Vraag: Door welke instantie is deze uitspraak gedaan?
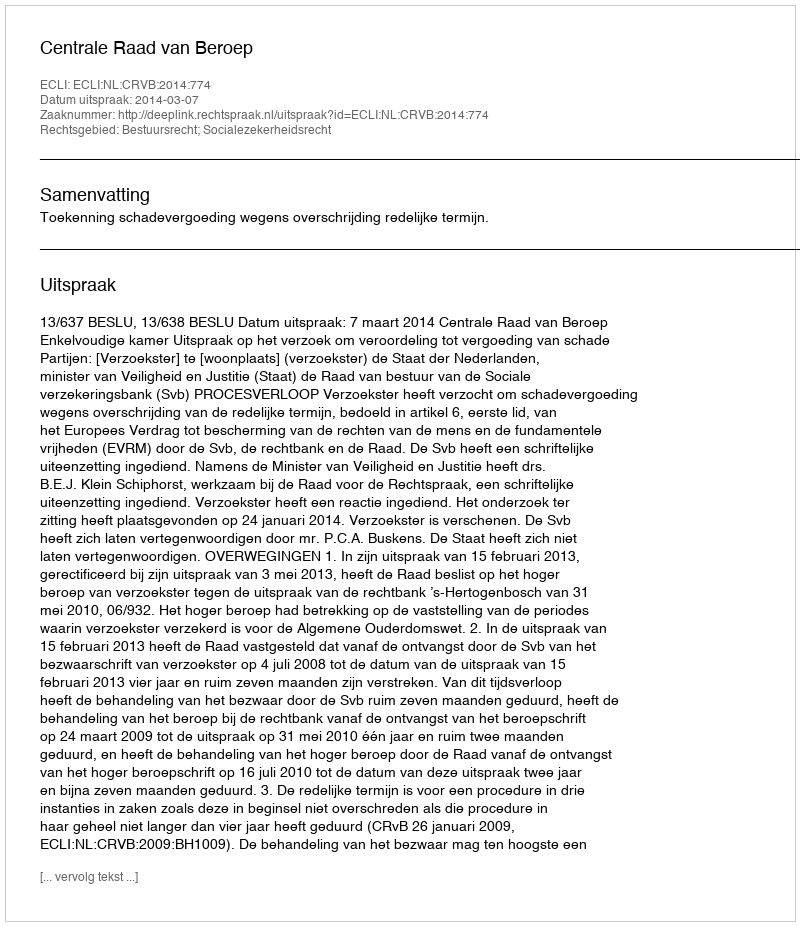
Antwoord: Centrale Raad van Beroep